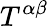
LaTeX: T^{\alpha\beta}